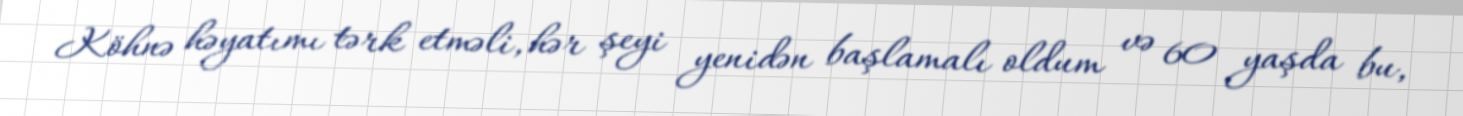
Köhnə həyatımı tərk etməli, hər şeyi yenidən başlamalı oldum və 60 yaşda bu,